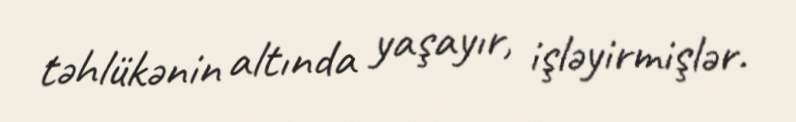
təhlükənin altında yaşayır, işləyirmişlər.